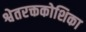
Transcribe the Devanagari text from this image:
श्वेतरक्तकोशिका